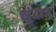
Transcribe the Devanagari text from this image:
क्षुंदात्र